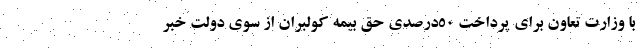
با وزارت تعاون براي پرداخت 50درصدي حق بيمه كولبران از سوي دولت خبر